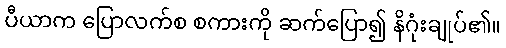
ပီယာက ပြောလက်စ စကားကို ဆက်ပြော၍ နိဂုံးချုပ်၏။